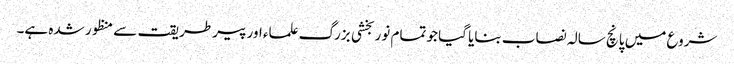
شروع میں پانچ سالہ نصاب بنایا گیا جو تمام نوربخشی بزرگ علماء اور پیرطریقت سے منظور شدہ ہے۔